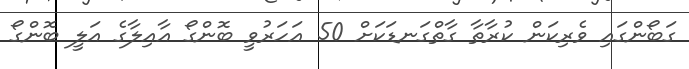
ގަބޯންގައި ވެރިކަން ކުރާތާ ގާތްގަނޑަކަށް 50 އަހަރުވީ ބޮންގޯ އާއިލާގެ އަލީ ބޮންގޯ